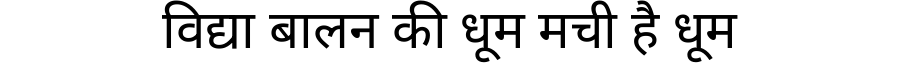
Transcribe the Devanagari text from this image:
विद्या बालन की धूम मची है धूम